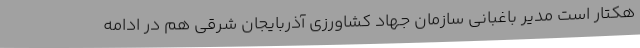
هکتار است مدیر باغبانی سازمان جهاد کشاورزی آذربایجان شرقی هم در ادامه